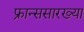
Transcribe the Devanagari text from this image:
फ्रान्ससारख्या